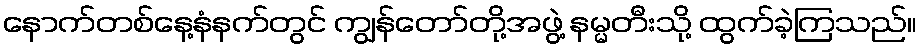
နောက်တစ်နေ့နံနက်တွင် ကျွန်တော်တို့အဖွဲ့ နမ္မတီးသို့ ထွက်ခဲ့ကြသည်။